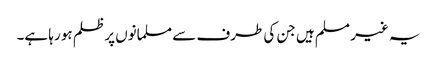
یہ غیر مسلم ہیں جن کی طرف سے مسلمانوں پر ظلم ہو رہا ہے۔